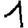
Digit: 1